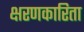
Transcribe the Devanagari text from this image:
क्षरणकारिता